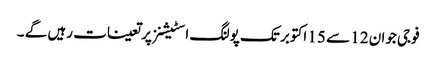
فوجی جوان 12 سے 15 اکتوبر تک پولنگ اسٹیشنز پر تعینات رہیں گے ۔